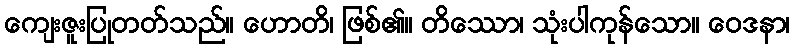
ကျေးဇူးပြုတတ်သည်။ ဟောတိ၊ ဖြစ်၏။ တိဿော၊ သုံးပါကုန်သော။ ဝေဒနာ၊